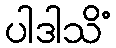
ပါဒါသိံ